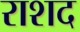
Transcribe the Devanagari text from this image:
राशद